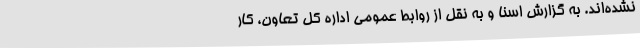
نشده‌اند. به گزارش اسنا و به نقل از روابط عمومی اداره کل تعاون، کار